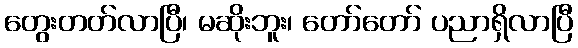
တွေးတတ်လာပြီ၊ မဆိုးဘူး၊ တော်တော် ပညာရှိလာပြီ